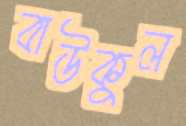
বাউকুল